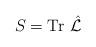
LaTeX: \begin{align*}S = \mbox{Tr } \hat{{\cal L}}\end{align*}